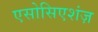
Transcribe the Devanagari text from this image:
एसोसिएशंज़